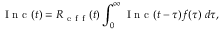
\mathrm { ~ I ~ n ~ c ~ } ( t ) = R _ { \mathrm { ~ e ~ f ~ f ~ } } ( t ) \int _ { 0 } ^ { \infty } \mathrm { ~ I ~ n ~ c ~ } ( t - \tau ) f ( \tau ) \; d \tau ,